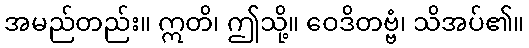
အမည်တည်း။ ဣတိ၊ ဤသို့။ ဝေဒိတဗ္ဗံ၊ သိအပ်၏။